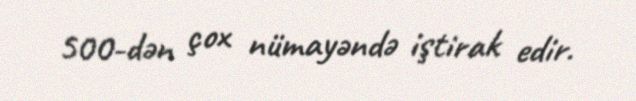
500-dən çox nümayəndə iştirak edir.